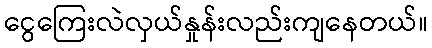
ငွေကြေးလဲလှယ်နှုန်းလည်းကျနေတယ်။